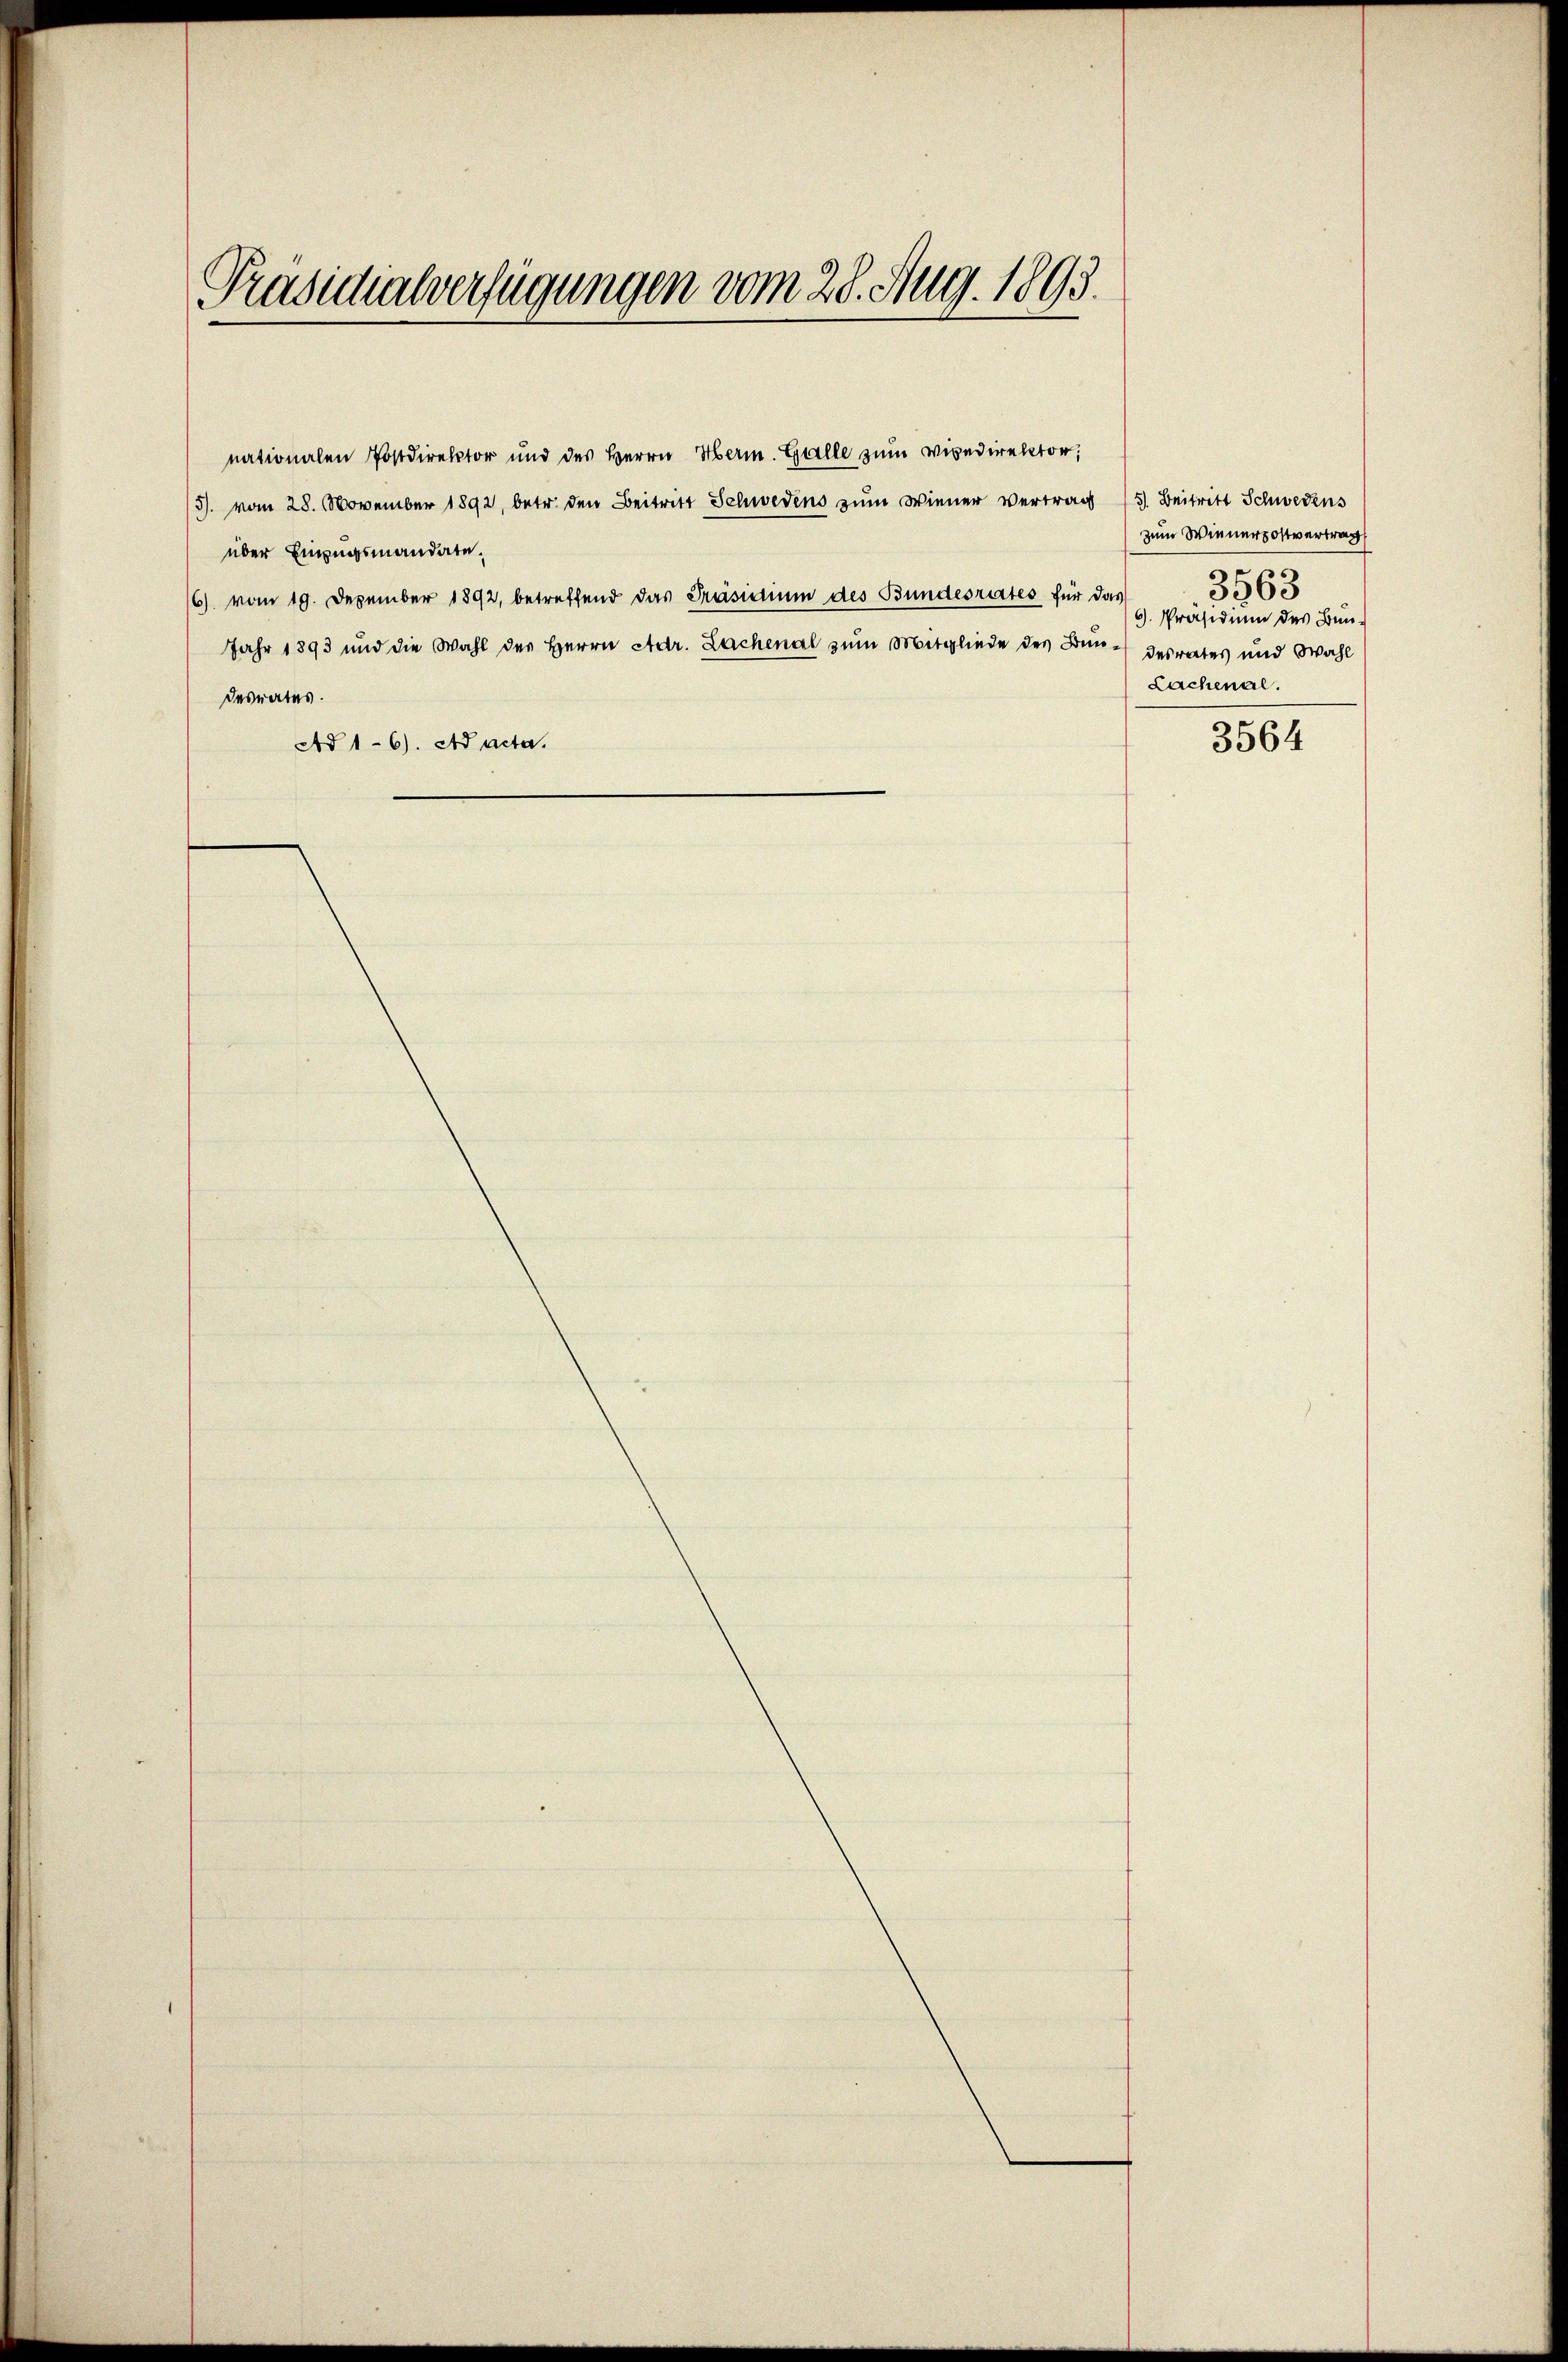
Präsidialverfügungen vom 28. Aug. 1893.

nationalen Postdirektor und des Herrn Herm. Galle zum Vicedirektor;
5. vom 28. November 1892, betr. den Beitritt Schwedens zum Wiener vertrag (s. Beitritt Schwedens
über Einzugsmandate¬
16) vom 19. Dezember 1892, betreffend das Präsidium des Bundesrates für das
Jahr 1893 und die Wahl der Herrn Adr. Lachenal zum Mitgliede des Bundesrates und Wahl
desrates.
Ad 1-6). Ad acta.

zum Wienerzottvertrag
s
3363
9. Präsidium des Bun-
Lachenal.

3564